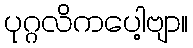
ပုဂ္ဂလိကပေါ့ဗျာ။